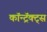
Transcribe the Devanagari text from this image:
कॉन्ट्रॅक्ट्स